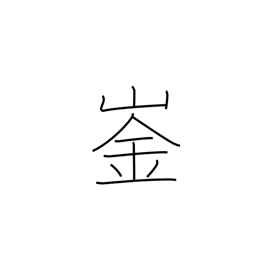
Meaning: peak